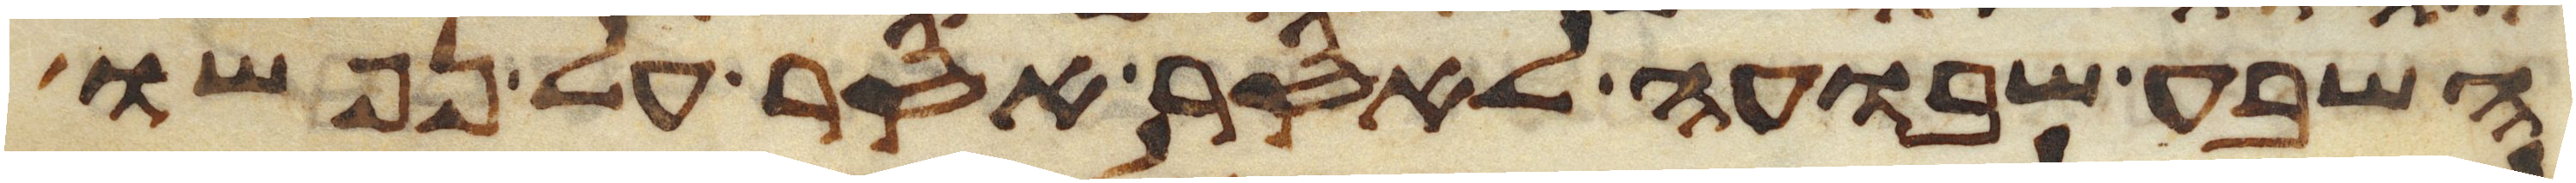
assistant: השבע שבועה לאסר אסר על נפשו